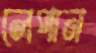
লেপান